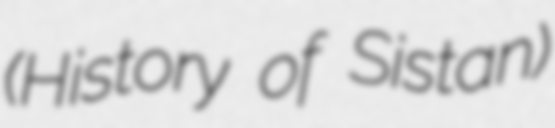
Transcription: (History of Sistan)